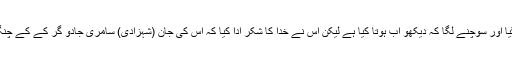
بادشاہ بھی زناٹے میں آگیا اور سوچنے لگا کہ دیکھو اب ہوتا کیا ہے لیکن اس نے خدا کا شکر ادا کیا کہ اس کی جان (شہزادی) سامری جادو گر کے کے چنگل میں آنے سے بچ گئی۔